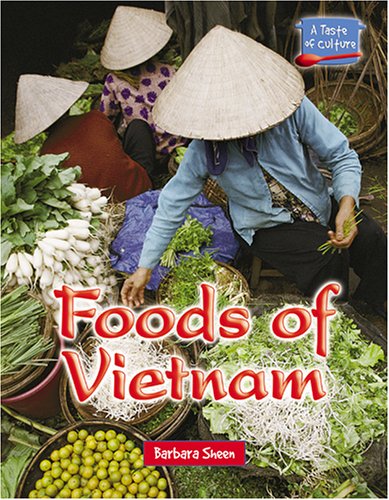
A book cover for Foods of Vietnam (A Taste of Culture); Barbara Sheen; Cookbooks, Food & Wine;